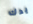
يدك